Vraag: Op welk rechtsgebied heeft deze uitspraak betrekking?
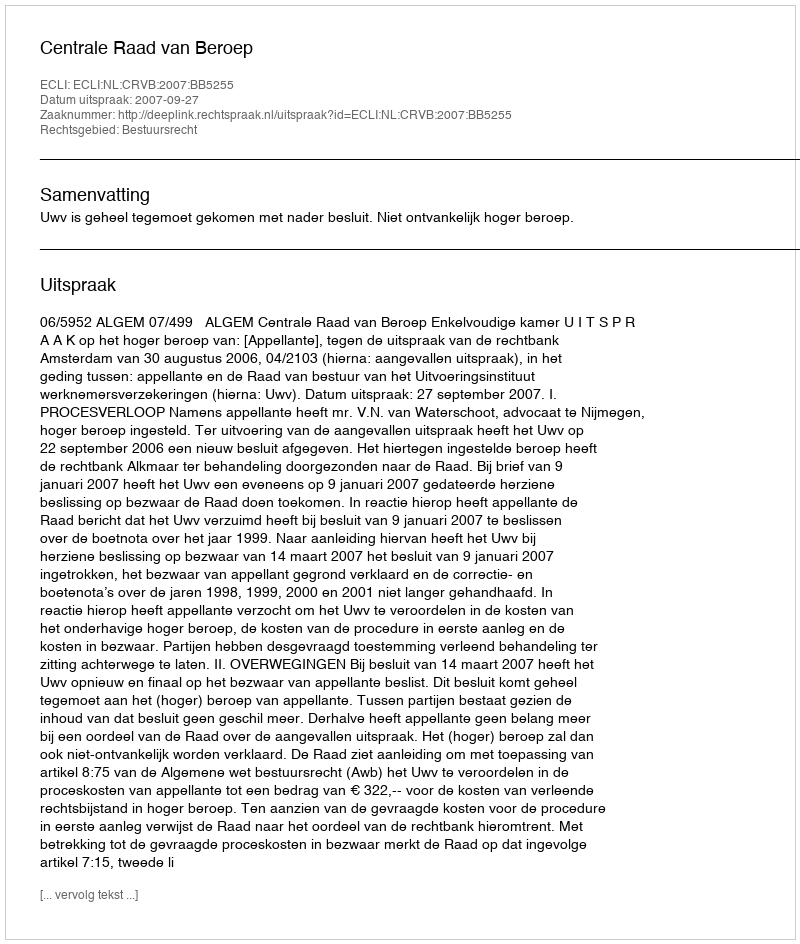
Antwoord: Bestuursrecht